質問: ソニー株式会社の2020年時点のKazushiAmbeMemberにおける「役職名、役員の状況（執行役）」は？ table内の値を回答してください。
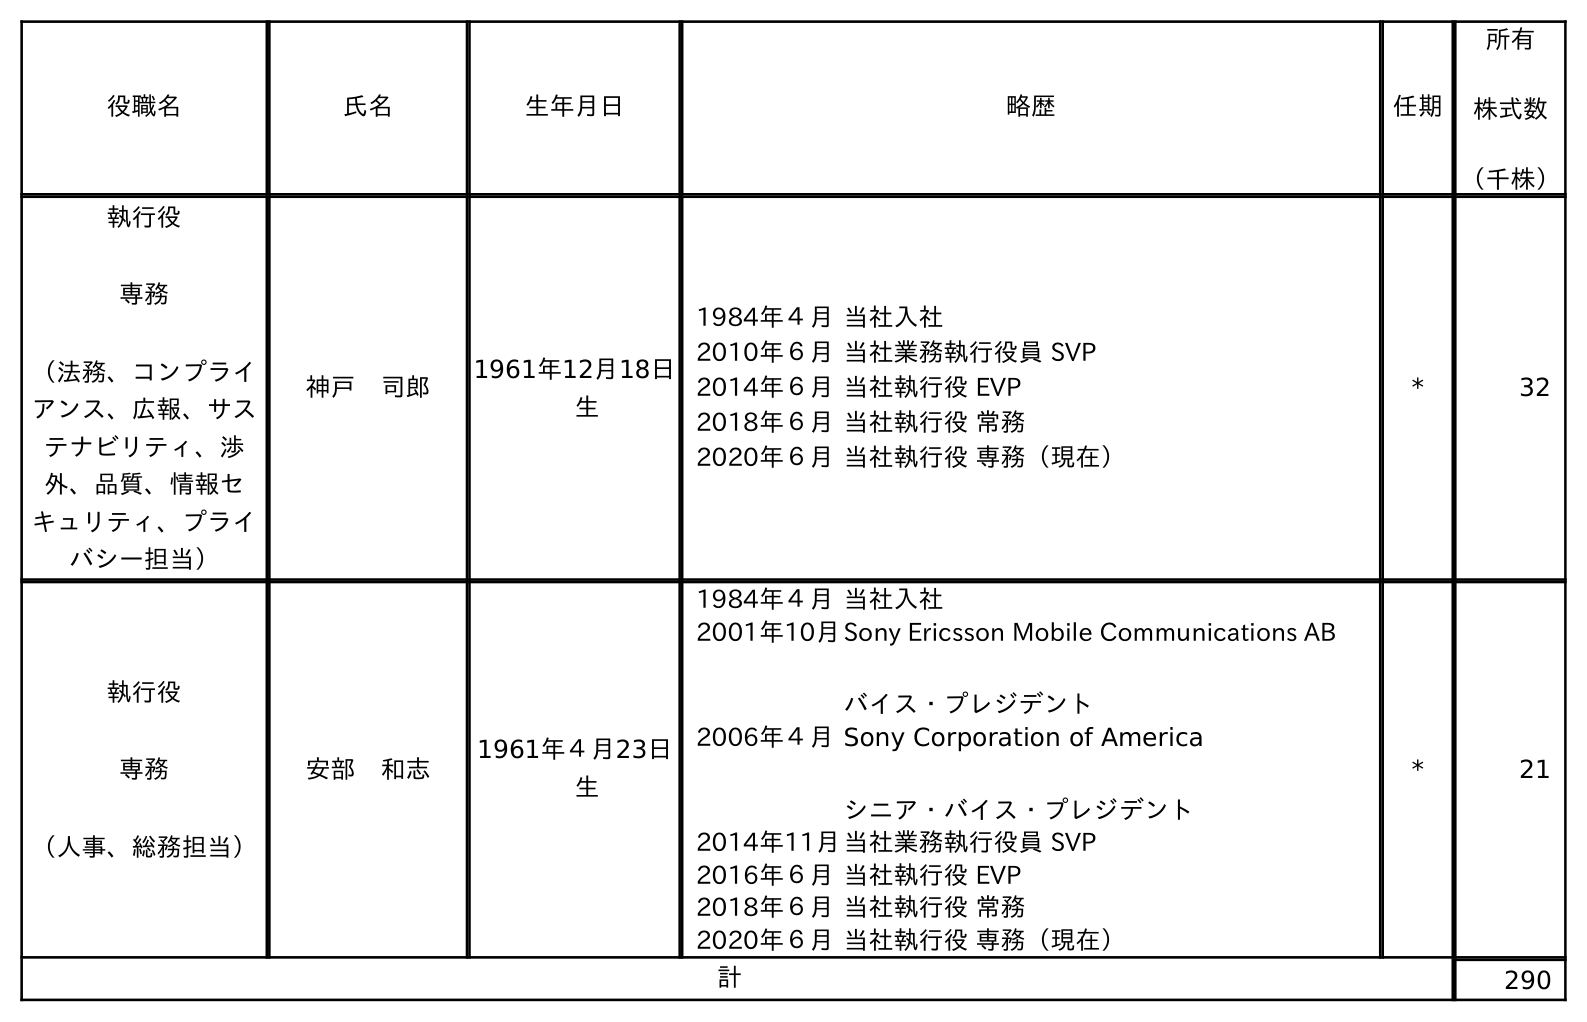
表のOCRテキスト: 役職名 氏名 生年月日 略歴 任期 所有 株式数 （千株） 執行役 専務 （法務、コンプライ アンス、広報、サス テナビリティ、渉 外、品質、情報セ キュリティ、プライ バシー担当） 神戶 司郎 1961年12月18日 生 1984年４月当社入社 2010年６月当社業務執行役員 SVP 2014年６月当社執行役 EVP 2018年６月当社執行役 常務 2020年６月当社執行役 専務（現在） * 32 執行役 専務 （人事、総務担当） 安部 和志 1961年４月23日 生 1984年４月当社入社 2001年10月Sony Ericsson Mobile Communications AB バイス・プレジデント 2006年４月Sony Corporation of America シニア・バイス・プレジデント 2014年11月当社業務執行役員 SVP 2016年６月当社執行役 EVP 2018年６月当社執行役 常務 2020年６月当社執行役 専務（現在） * 21 計 290
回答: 執行役専務（人事、総務担当）